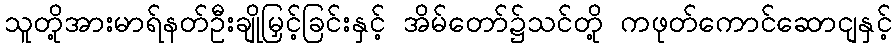
သူတို့အားမာရ်နတ်ဦးချိုမြှင့်ခြင်းနှင့် အိမ်တော်၌သင်တို့ ကဖုတ်ကောင်ဆောငျနှင့်